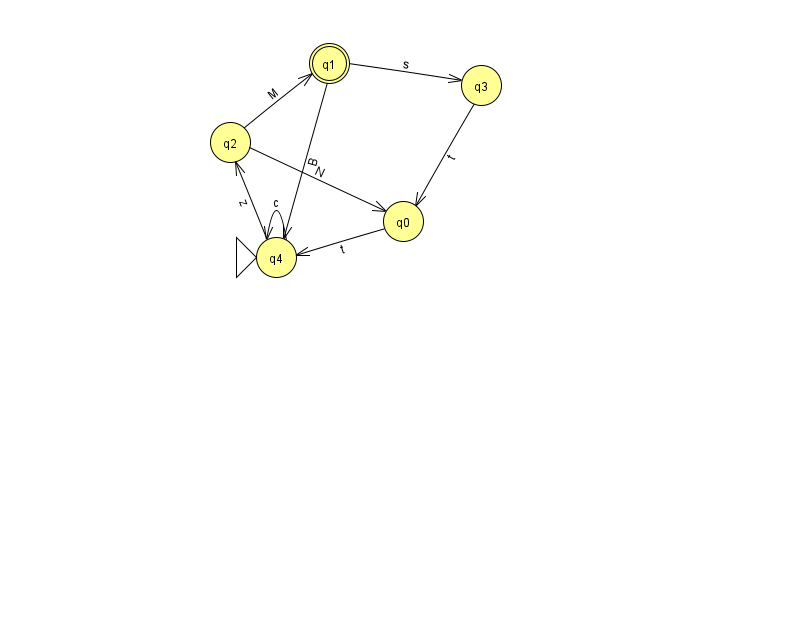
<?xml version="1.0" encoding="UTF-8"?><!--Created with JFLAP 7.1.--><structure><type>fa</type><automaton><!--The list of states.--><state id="0" name="q0"><x>403.0</x><y>208.0</y></state><state id="1" name="q1"><x>329.0</x><y>50.0</y><final/></state><state id="2" name="q2"><x>230.0</x><y>129.0</y></state><state id="3" name="q3"><x>481.0</x><y>72.0</y></state><state id="4" name="q4"><x>276.0</x><y>244.0</y><initial/></state><!--The list of transitions.--><transition><from>2</from><to>0</to><read>N</read></transition><transition><from>1</from><to>3</to><read>s</read></transition><transition><from>4</from><to>4</to><read>c</read></transition><transition><from>1</from><to>4</to><read>B</read></transition><transition><from>2</from><to>1</to><read>M</read></transition><transition><from>0</from><to>4</to><read>t</read></transition><transition><from>4</from><to>2</to><read>z</read></transition><transition><from>3</from><to>0</to><read>t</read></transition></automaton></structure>